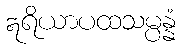
ဣရိယာပထသမ္ပန္နံ